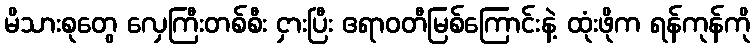
မိသားစုတွေ လှေကြီးတစ်စီး ငှားပြီး ဧရာဝတီမြစ်ကြောင်းနဲ့ ထုံးဖိုက ရန်ကုန်ကို